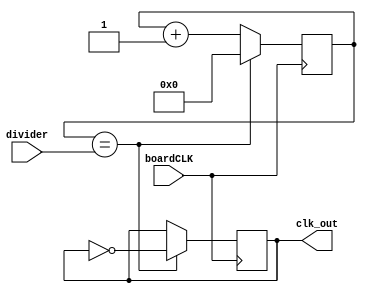
module clockdivider (			// Mdulo de divisin de clock.
input wire boardCLK, 			// Recibe el clock de la FPGA: 50Mhz para Altera De0-Nano EP4CE22F17C6N.
input wire [31:0] divider,		// El divisor deseado, en formato de bus de 32 bits. (Binario no signado, 
										// interpreta correctamente enteros distintos de cero solamente).
										// De llamrselo con un cero, el clock resultante nunca sale de su estado bajo.
output wire clk_out				// Devuelve el resultado de la divisin, un clock de menor frecuencia.
);

// Declaracin de parmetros y registros de uso interno:

reg [31:0] counter; 				// Se genera un contador tan grande como el divisor.
reg clk; 							// Registro del clock. Aqu se guarda su estado.	

// Bloque always para el control del divisor:

always @(posedge boardCLK)
begin
	counter <= counter + 1; // Cuenta hasta el divisor y al llegar genera un pulso de clock tras reiniciar el contador.
	if(counter == divider)
	begin
		counter<=0;
		clk = !clk; // Generacin del pulso de clock.
	end
end


assign clk_out = clk; // Asignacin del cable de salida al registro del clock.

endmodule